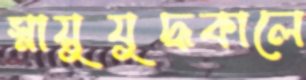
স্নায়ুযুদ্ধকালে